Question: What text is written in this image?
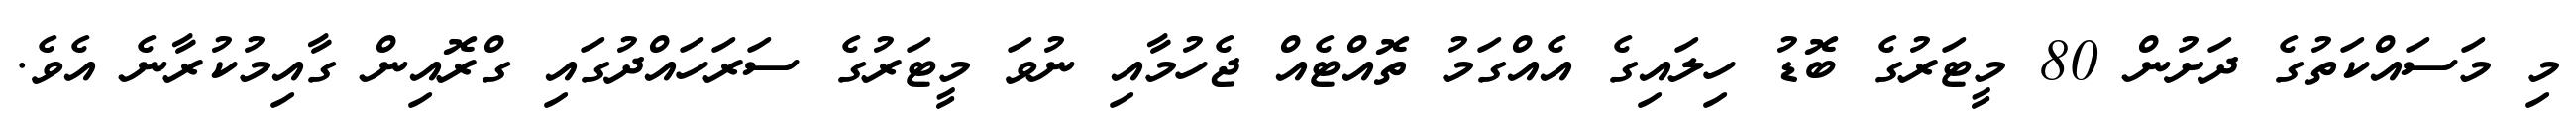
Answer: މި މަސައްކަތުގެ ދަށުން 80 މީޓަރުގެ ބޮޑު ހިލައިގެ އެއްގަމު ތޮއްޓެއް ޖެހުމާއި ނުވަ މީޓަރުގެ ސަރަހައްދުގައި ގްރޮއިން ގާއިމުކުރާނެ އެވެ.